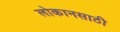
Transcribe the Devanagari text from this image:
लोकानसाठी